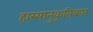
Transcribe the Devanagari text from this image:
हास्यानुकृतिकार